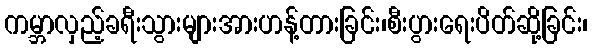
ကမ္ဘာလှည့်ခရီးသွားများအားဟန့်တားခြင်း၊စီးပွားရေးပိတ်ဆို့ခြင်း၊